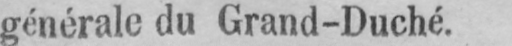
générale du Grand-Duché.